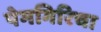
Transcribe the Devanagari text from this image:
पेमगिरिचा